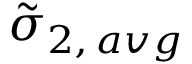
\tilde { \sigma } _ { 2 , \, a v g }